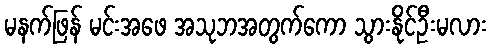
မနက်ဖြန် မင်းအဖေ အသုဘအတွက်ကော သွားနိုင်ဦးမလား